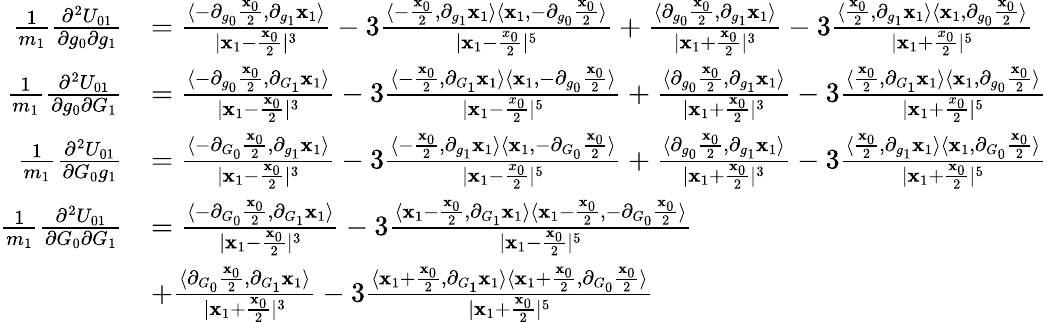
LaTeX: \begin{array}{rl}{\frac{1}{m_{1}}\frac{\partial^{2}U_{01}}{\partial g_{0}\partial g_{1}}}&{=\frac{\langle-\partial_{g_{0}}\frac{\mathbf{x}_{0}}{2},\partial_{g_{1}}\mathbf{x}_{1}\rangle}{|\mathbf{x}_{1}-\frac{\mathbf{x}_{0}}{2}|^{3}}-3\frac{\langle-\frac{\mathbf{x}_{0}}{2},\partial_{g_{1}}\mathbf{x}_{1}\rangle\langle\mathbf{x}_{1},-\partial_{g_{0}}\frac{\mathbf{x}_{0}}{2}\rangle}{|\mathbf{x}_{1}-\frac{x_{0}}{2}|^{5}}+\frac{\langle\partial_{g_{0}}\frac{\mathbf{x}_{0}}{2},\partial_{g_{1}}\mathbf{x}_{1}\rangle}{|\mathbf{x}_{1}+\frac{\mathbf{x}_{0}}{2}|^{3}}-3\frac{\langle\frac{\mathbf{x}_{0}}{2},\partial_{g_{1}}\mathbf{x}_{1}\rangle\langle\mathbf{x}_{1},\partial_{g_{0}}\frac{\mathbf{x}_{0}}{2}\rangle}{|\mathbf{x}_{1}+\frac{x_{0}}{2}|^{5}}}\\ {\frac{1}{m_{1}}\frac{\partial^{2}U_{01}}{\partial g_{0}\partial G_{1}}}&{=\frac{\langle-\partial_{g_{0}}\frac{\mathbf{x}_{0}}{2},\partial_{G_{1}}\mathbf{x}_{1}\rangle}{|\mathbf{x}_{1}-\frac{\mathbf{x}_{0}}{2}|^{3}}-3\frac{\langle-\frac{\mathbf{x}_{0}}{2},\partial_{G_{1}}\mathbf{x}_{1}\rangle\langle\mathbf{x}_{1},-\partial_{g_{0}}\frac{\mathbf{x}_{0}}{2}\rangle}{|\mathbf{x}_{1}-\frac{x_{0}}{2}|^{5}}+\frac{\langle\partial_{g_{0}}\frac{\mathbf{x}_{0}}{2},\partial_{g_{1}}\mathbf{x}_{1}\rangle}{|\mathbf{x}_{1}+\frac{\mathbf{x}_{0}}{2}|^{3}}-3\frac{\langle\frac{\mathbf{x}_{0}}{2},\partial_{G_{1}}\mathbf{x}_{1}\rangle\langle\mathbf{x}_{1},\partial_{g_{0}}\frac{\mathbf{x}_{0}}{2}\rangle}{|\mathbf{x}_{1}+\frac{x_{0}}{2}|^{5}}}\\ {\frac{1}{m_{1}}\frac{\partial^{2}U_{01}}{\partial G_{0}g_{1}}}&{=\frac{\langle-\partial_{G_{0}}\frac{\mathbf{x}_{0}}{2},\partial_{g_{1}}\mathbf{x}_{1}\rangle}{|\mathbf{x}_{1}-\frac{\mathbf{x}_{0}}{2}|^{3}}-3\frac{\langle-\frac{\mathbf{x}_{0}}{2},\partial_{g_{1}}\mathbf{x}_{1}\rangle\langle\mathbf{x}_{1},-\partial_{G_{0}}\frac{\mathbf{x}_{0}}{2}\rangle}{|\mathbf{x}_{1}-\frac{x_{0}}{2}|^{5}}+\frac{\langle\partial_{g_{0}}\frac{\mathbf{x}_{0}}{2},\partial_{g_{1}}\mathbf{x}_{1}\rangle}{|\mathbf{x}_{1}+\frac{\mathbf{x}_{0}}{2}|^{3}}-3\frac{\langle\frac{\mathbf{x}_{0}}{2},\partial_{g_{1}}\mathbf{x}_{1}\rangle\langle\mathbf{x}_{1},\partial_{G_{0}}\frac{\mathbf{x}_{0}}{2}\rangle}{|\mathbf{x}_{1}+\frac{\mathbf{x}_{0}}{2}|^{5}}}\\ {\frac{1}{m_{1}}\frac{\partial^{2}U_{01}}{\partial G_{0}\partial G_{1}}}&{=\frac{\langle-\partial_{G_{0}}\frac{\mathbf{x}_{0}}{2},\partial_{G_{1}}\mathbf{x}_{1}\rangle}{|\mathbf{x}_{1}-\frac{\mathbf{x}_{0}}{2}|^{3}}-3\frac{\langle\mathbf{x}_{1}-\frac{\mathbf{x}_{0}}{2},\partial_{G_{1}}\mathbf{x}_{1}\rangle\langle\mathbf{x}_{1}-\frac{\mathbf{x}_{0}}{2},-\partial_{G_{0}}\frac{\mathbf{x}_{0}}{2}\rangle}{|\mathbf{x}_{1}-\frac{\mathbf{x}_{0}}{2}|^{5}}}\\ &{+\frac{\langle\partial_{G_{0}}\frac{\mathbf{x}_{0}}{2},\partial_{G_{1}}\mathbf{x}_{1}\rangle}{|\mathbf{x}_{1}+\frac{\mathbf{x}_{0}}{2}|^{3}}-3\frac{\langle\mathbf{x}_{1}+\frac{\mathbf{x}_{0}}{2},\partial_{G_{1}}\mathbf{x}_{1}\rangle\langle\mathbf{x}_{1}+\frac{\mathbf{x}_{0}}{2},\partial_{G_{0}}\frac{\mathbf{x}_{0}}{2}\rangle}{|\mathbf{x}_{1}+\frac{\mathbf{x}_{0}}{2}|^{5}}}\end{array}